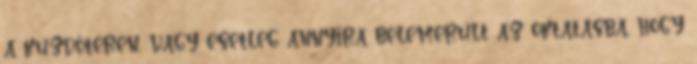
a küzdőtéren, vagy esetleg annyira belemerült az oktatásba, hogy